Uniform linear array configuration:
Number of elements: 8
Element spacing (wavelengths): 1
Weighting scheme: binomial
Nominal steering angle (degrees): -60
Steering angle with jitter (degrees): -59.143
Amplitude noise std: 0.05
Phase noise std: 0.05

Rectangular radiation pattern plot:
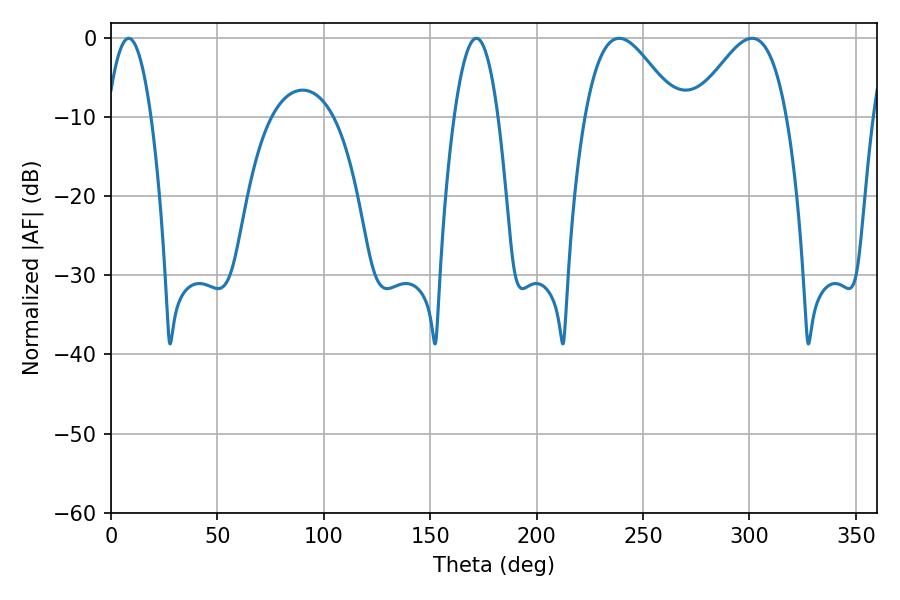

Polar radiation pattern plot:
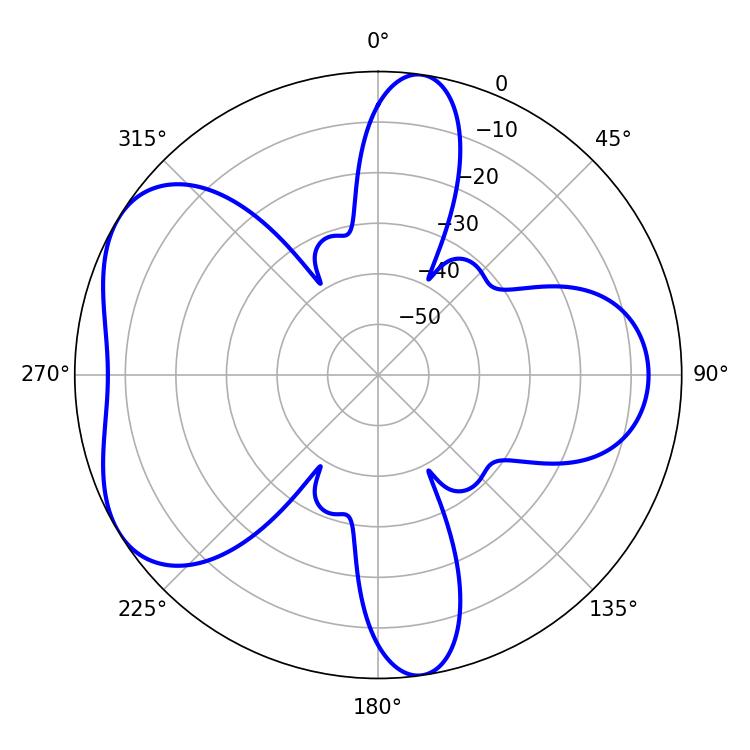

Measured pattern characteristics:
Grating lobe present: TRUE
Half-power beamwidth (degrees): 23.4
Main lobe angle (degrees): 238.86